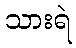
သားရဲ